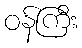
ဝန်ကြီး